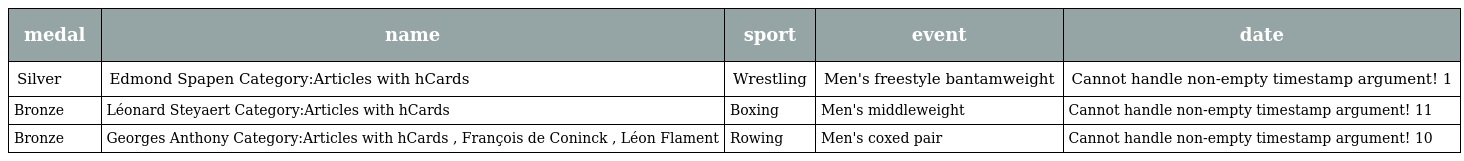
| medal | name | sport | event | date |
 | --- | --- | --- | --- | --- |
 | Silver | Edmond Spapen Category:Articles with hCards | Wrestling | Men's freestyle bantamweight | Cannot handle non-empty timestamp argument! 1 |
 | Bronze | Léonard Steyaert Category:Articles with hCards | Boxing | Men's middleweight | Cannot handle non-empty timestamp argument! 11 |
 | Bronze | Georges Anthony Category:Articles with hCards , François de Coninck , Léon Flament | Rowing | Men's coxed pair | Cannot handle non-empty timestamp argument! 10 |